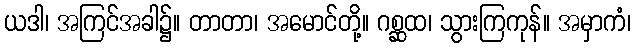
ယဒါ၊ အကြင်အခါ၌။ တာတာ၊ အမောင်တို့။ ဂစ္ဆထ၊ သွားကြကုန်။ အမှာကံ၊